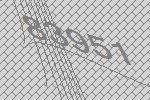
83951